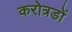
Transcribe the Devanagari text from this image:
करोत्रडों